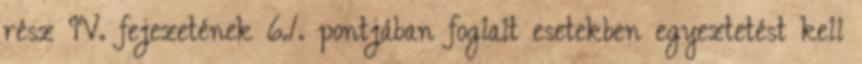
rész IV. fejezetének 6.1. pontjában foglalt esetekben egyeztetést kell